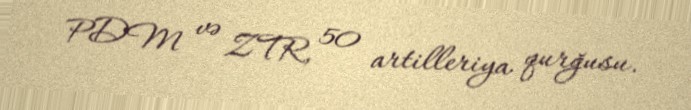
PDM və ZTR, 50 artilleriya qurğusu.